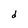
Character: d